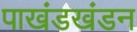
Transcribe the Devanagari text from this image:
पाखंडखंडन